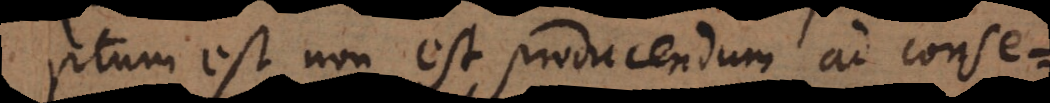
ptum est non est producendum ad conse